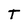
Character: T